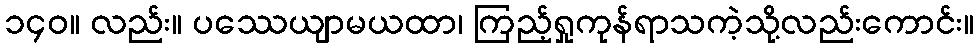
၁၄၀။ လည်း။ ပဿေယျာမယထာ၊ ကြည့်ရှုကုန်ရာသကဲ့သို့လည်းကောင်း။